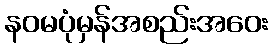
နဝမပုံမှန်အစည်းအဝေး